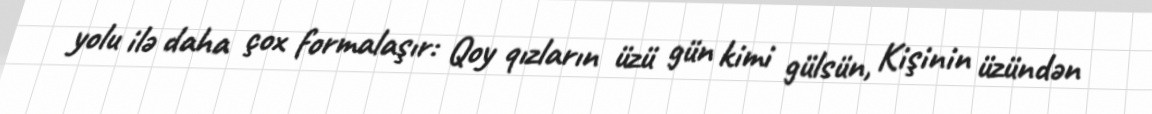
yolu ilə daha çox formalaşır: Qoy qızların üzü gün kimi gülsün, Kişinin üzündən